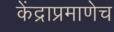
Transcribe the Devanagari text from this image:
केंद्राप्रमाणेच